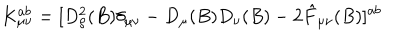
LaTeX: K _ { \mu \nu } ^ { a b } = [ D _ { \rho } ^ { 2 } ( B ) \delta _ { \mu \nu } - D _ { \mu } ( B ) D _ { \nu } ( B ) - 2 \hat { F } _ { \mu \nu } ( B ) ] ^ { a b }